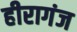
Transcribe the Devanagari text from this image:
हीरागंज